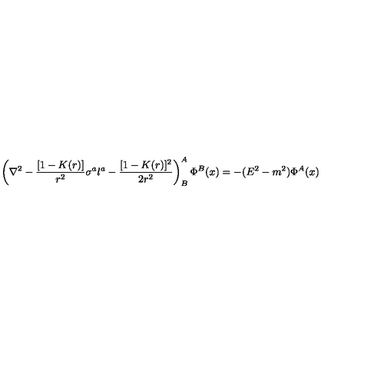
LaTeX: \left( \nabla ^ { 2 } - { \frac { [ 1 - K ( r ) ] } { r ^ { 2 } } } \sigma ^ { a } l ^ { a } - { \frac { [ 1 - K ( r ) ] ^ { 2 } } { 2 r ^ { 2 } } } \right) _ { B } ^ { A } \Phi ^ { B } ( x ) = - ( E ^ { 2 } - m ^ { 2 } ) \Phi ^ { A } ( x )